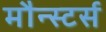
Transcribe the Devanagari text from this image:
मौन्स्टर्स